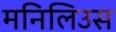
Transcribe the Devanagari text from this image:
मनिलिउस